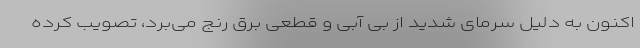
اکنون به دلیل سرمای شدید از بی آبی و قطعی برق رنج می‌برد، تصویب کرده